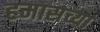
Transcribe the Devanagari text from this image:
हमासच्या